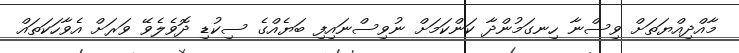
މާއްދިއްޔަތަށް ވިސްނާ ހިނގަމުންދާ ކަންކަމަށް ނުވިސްނައިފި ބަޔެއްގެ ސިކުޑި ދޮވެލެވޭ ވަރަށް އެވާހަކަތައް